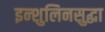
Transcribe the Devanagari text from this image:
इन्शुलिनसुद्धा